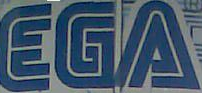
EGA